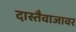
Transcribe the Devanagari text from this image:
दास्तैवाजावर